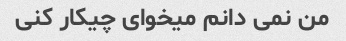
من نمی دانم میخوای چیکار کنی